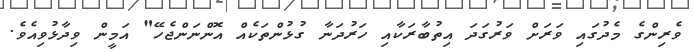
ވެރިންގެ މެދުގައި ވަރަށް ވަރުގަދަ އިތުބާރަކާއި ހަރުދަނާ ގުޅުންތަކެއް އޮންނަންޖެހޭ" އަމީން ވިދާޅުވިއެވެ.